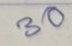
30